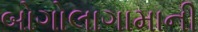
બોગોલાગામાની